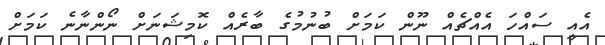
އެއީ ސައްހަ އެއްޗެއް ނޫން ކަމަށް ބުނުމުގެ ބާރެއް ކޮމިޝަނަށް ނޯންނާނެ ކަމަށް